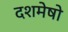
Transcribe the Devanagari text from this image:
दशमेषो